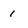
Character: 1